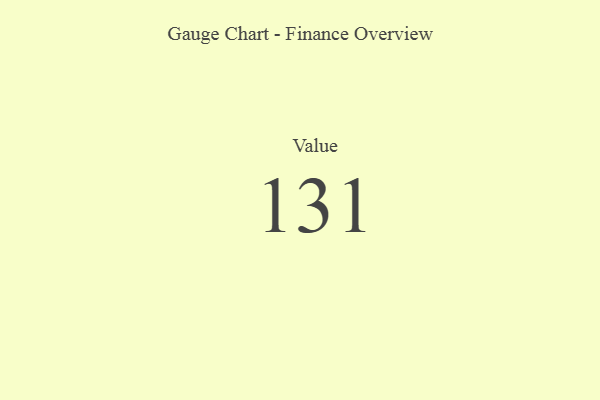
{"axis": {"x": "Metric", "y": "Value"}, "legend": [""], "data": [{"x": "Value", "y": 131, "type": ""}]}